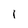
Character: l